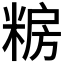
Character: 𮇫